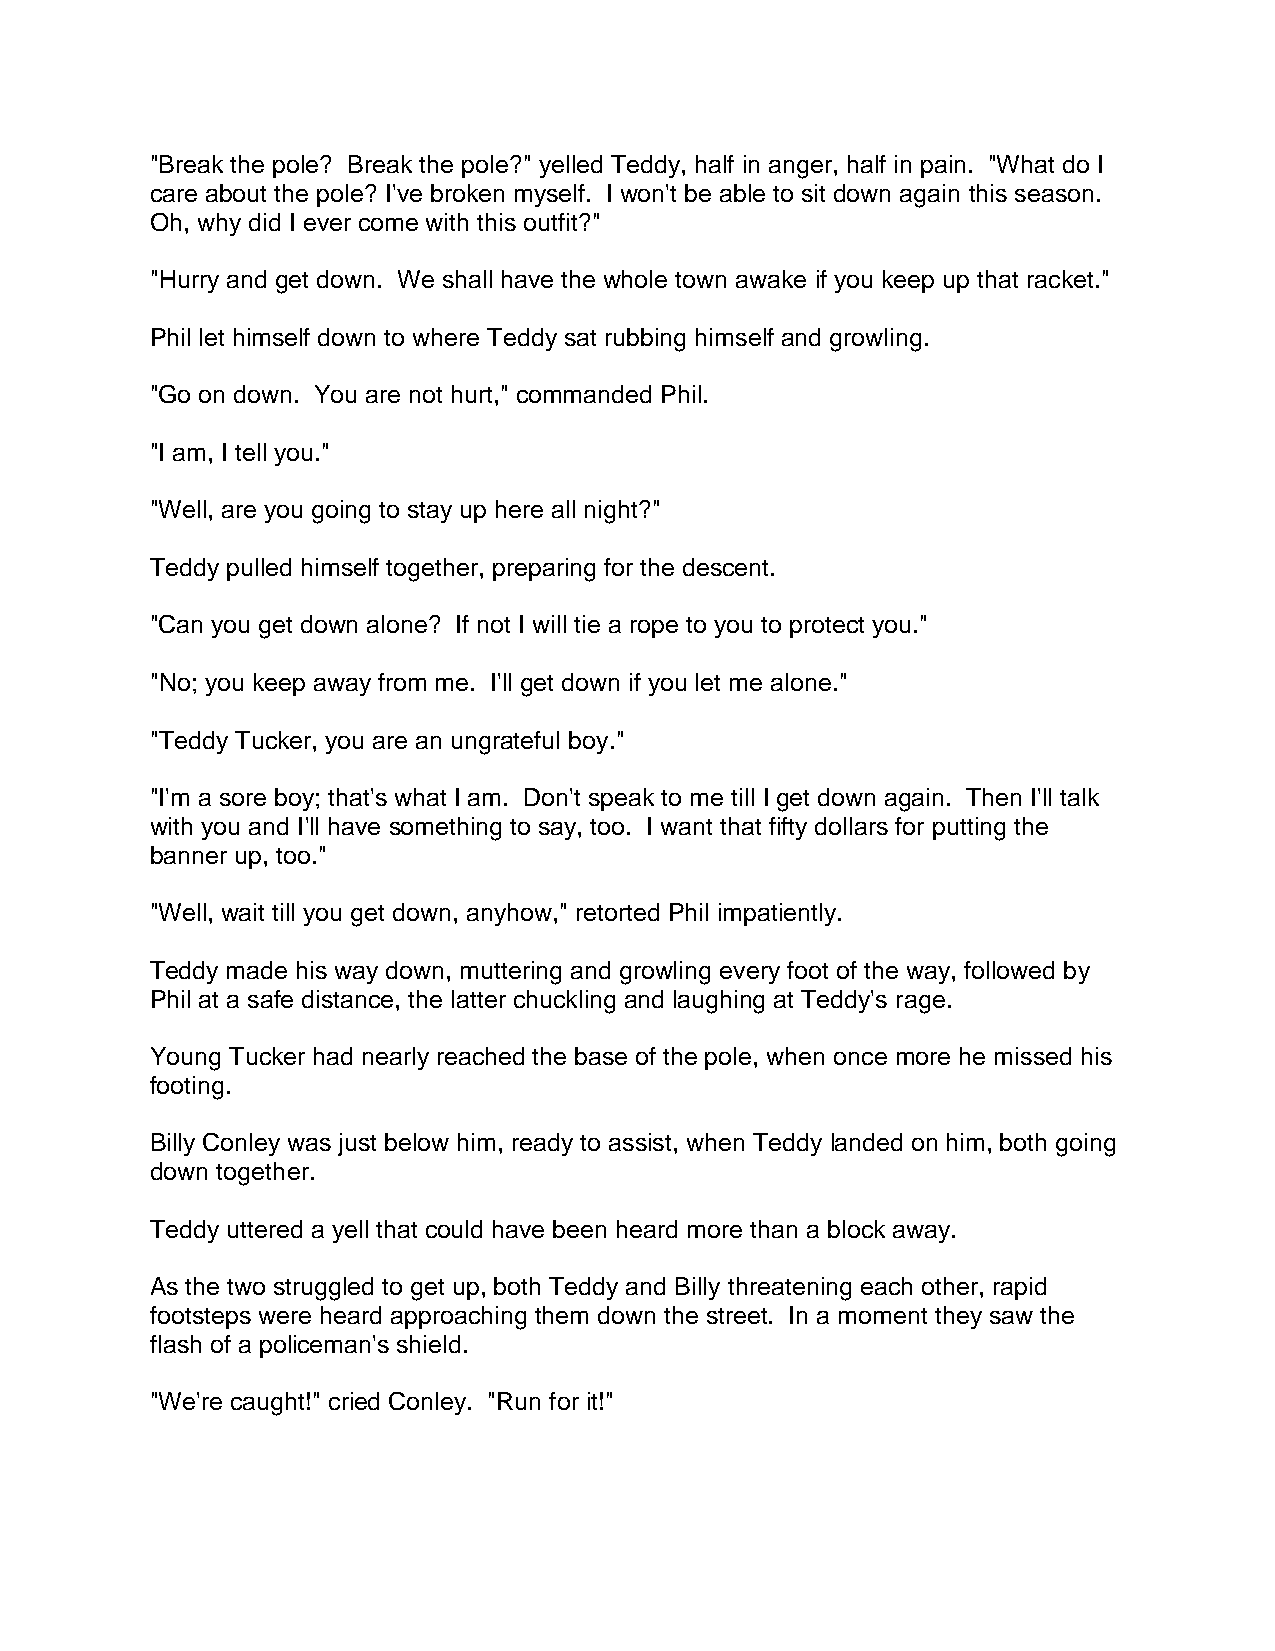
"Break the pole? Break the pole?" yelled Teddy, half in anger, half in pain. "What do I
 care about the pole? I've broken myself. I won't be able to sit down again this season.
 Oh, why did I ever come with this outfit?"
 "Hurry and get down. We shall have the whole town awake if you keep up that racket."
 Phil let himself down to where Teddy sat rubbing himself and growling.
 "Go on down. You are not hurt," commanded Phil.
 "I am, I tell you."
 "Well, are you going to stay up here all night?"
 Teddy pulled himself together, preparing for the descent.
 "Can you get down alone? If not I will tie a rope to you to protect you."
 "No; you keep away from me. I'll get down if you let me alone."
 "Teddy Tucker, you are an ungrateful boy."
 "I'm a sore boy; that's what I am. Don't speak to me till I get down again. Then I'll talk
 with you and I'll have something to say, too. I want that fifty dollars for putting the
 banner up, too."
 "Well, wait till you get down, anyhow," retorted Phil impatiently.
 Teddy made his way down, muttering and growling every foot of the way, followed by
 Phil at a safe distance, the latter chuckling and laughing at Teddy's rage.
 Young Tucker had nearly reached the base of the pole, when once more he missed his
 footing.
 Billy Conley was just below him, ready to assist, when Teddy landed on him, both going
 down together.
 Teddy uttered a yell that could have been heard more than a block away.
 As the two struggled to get up, both Teddy and Billy threatening each other, rapid
 footsteps were heard approaching them down the street. In a moment they saw the
 flash of a policeman's shield.
 "We're caught!" cried Conley. "Run for it!"